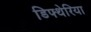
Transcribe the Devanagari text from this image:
डिफ्थेरिया